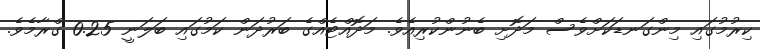
ކިރުމުގައި މިންގަނޑަކަށްވެސް މަދޮށި ބެނުންކުރިއެވެ. މަދޮއްޓެއްގެ ބަރުދަން ކަމުގައި ބަލަނީ 0.25 ގްރާމެވެ.